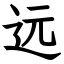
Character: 远